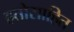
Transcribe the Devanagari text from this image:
हतोसाहित